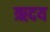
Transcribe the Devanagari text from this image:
ऋदय